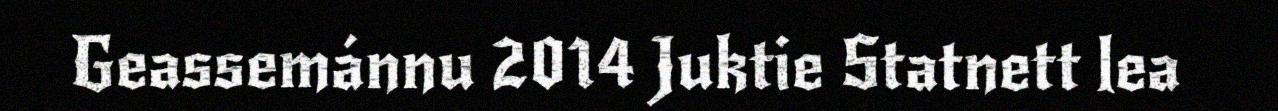
Geassemánnu 2014 Juktie Statnett lea